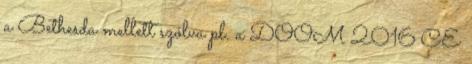
a Bethesda mellett szólva pl. a DOOM 2016 CE